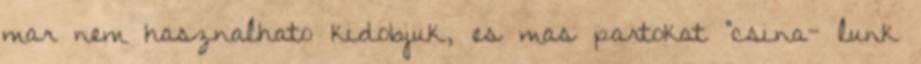
mar nem hasznalhato kidobjuk, es mas partokat "csina- lunk